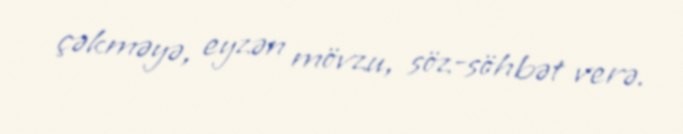
çəkməyə, eyzən mövzu, söz-söhbət verə.